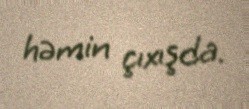
həmin çıxışda.